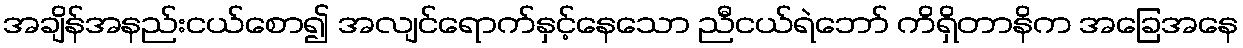
အချိန်အနည်းငယ်စော၍ အလျင်ရောက်နှင့်နေသော ညီငယ်ရဲဘော် ကိရှိတာနိက အခြေအနေ